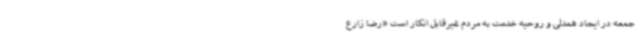
جمعه در ایجاد همدلی و روحیه خدمت به مردم غیرقابل انکار است «رضا زارع